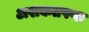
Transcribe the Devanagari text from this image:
अशकतपणा